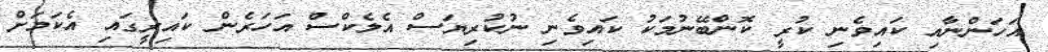
އަހަންނާއި ކައިވެނި ކުރީ ކޮންބޭނުމަކު ކައިވެނި ނުކުރިޔަސް އެލެކްސް އަހަރެން ކައިރީގައި އެކަމަށް